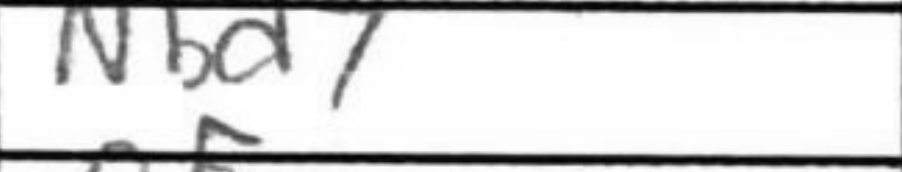
Transcription: Nbd7